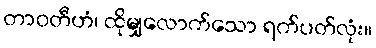
တာဝတီဟံ၊ ထိုမျှလောက်သော ရက်ပတ်လုံး။